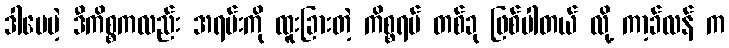
ဒါပေမဲ့ ဒီကိစ္စကလည်း အရမ်းကို ထူးခြားတဲ့ ကိစ္စရပ် တစ်ခု ဖြစ်ပါတယ် လို့ ကာ့ခ်လန် က